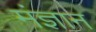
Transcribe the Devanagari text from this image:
मंज्ञान